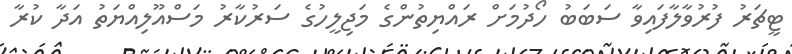
ޓީޗަރު ފުރުވާލާފައިވާ ސަބަބު ހޯދުމަށް ރައްޔިތުންގެ މަޖިލީހުގެ ސަރުކާރު މަސްއޫލިއްޔަތު އަދާ ކުރާ